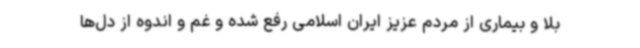
بلا و بیماری از مردم عزیز ایران اسلامی رفع شده و غم و اندوه از دل‌ها